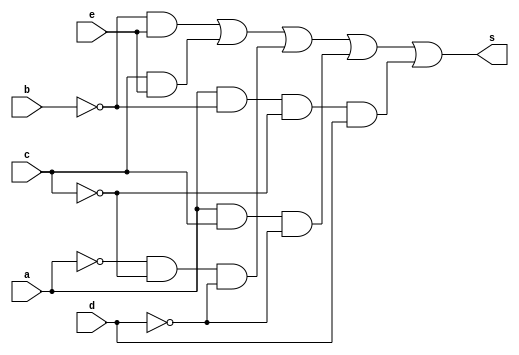
//---------------------------
//Nome: Alvaro Henrique
//Matrcula: 395487
//---------------------------

//--------------------------
// -- Guia08 Exercicio 03 --
//--------------------------


module ex3(s, a, b, c, d,e);

	output s;
	input a, b, c, d, e;
	wire n1, n2, n3, n4, c1, c2, c3, c4, c5;
	not NOT1(n1, a);
	not NOT2(n2, b);
	not NOT3(n3, c);
	not NOT4(n4, d);
	and AND1(c1, n2, e);
	and AND2(c2, c, e);
	and AND3(c3, n1, n3, n4);
	and AND4(c4, a, c, n4);
	and AND5(c5, a, n2, n3, d);
	or OR1(s, c1, c2, c3, c4, c5);
endmodule //fim ex3

module testeex3();
	
	reg a, b, c, d,e;
	wire s;
	integer numero, i, j, k, l,m;
	
	ex3 EX3(s, a, b, c, d,e);

	initial begin
		a = 0;
		b = 0;
		c = 0;
		d = 0;
		e = 0;
		numero = -1;
	end
	
	initial begin
		$display("Guia 8 Ex1 - Alvaro Henrique - 395487 \n");

		#1 $display("   a b c d e Out");
		
		for(i = 0; i < 2; i = i + 1)begin
			a = i;
			for(j = 0; j < 2; j = j + 1)begin
				b = j;
				for(k = 0; k < 2; k = k + 1)begin
					c = k;
					for(l = 0; l < 2; l = l + 1)begin
						d = l;
						for(m = 0; m < 2; m = m + 1)begin
							#1 e = m; numero = numero + 1;
							#1 $display("%2d %b %b %b %b %b  %b", numero, a, b, c, d, e, s);
						end
					end
				end
			end
		end
	end
	
endmodule // fimtesteex3